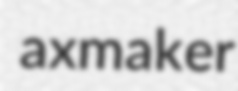
axmaker